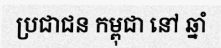
ប្រជាជន កម្ពុជា នៅ ឆ្នាំ